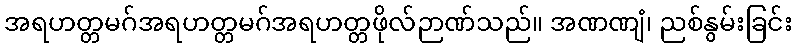
အရဟတ္တမဂ်အရဟတ္တမဂ်အရဟတ္တဖိုလ်ဉာဏ်သည်။ အဏဏျံ၊ ညစ်နွမ်းခြင်း